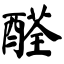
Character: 醛